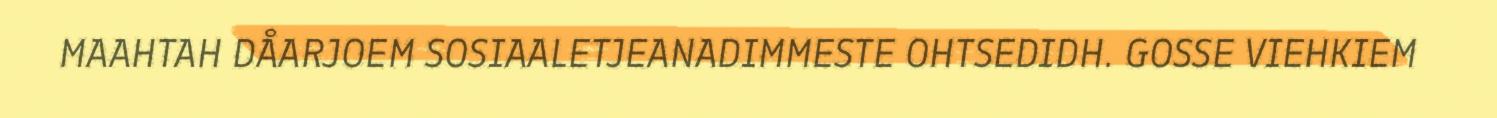
MAAHTAH DÅARJOEM SOSIAALETJEANADIMMESTE OHTSEDIDH. GOSSE VIEHKIEM